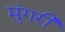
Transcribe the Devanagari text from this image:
मुंगरी